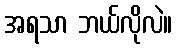
အရသာ ဘယ်လိုလဲ။